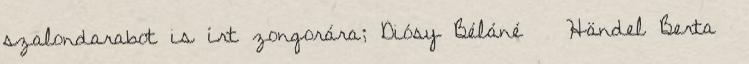
szalondarabot is írt zongorára; Diósy Béláné Händel Berta